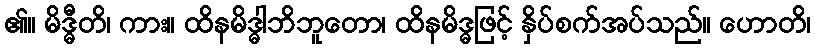
၏။ မိဒ္ဓီတိ၊ ကား။ ထိနမိဒ္ဓါဘိဘူတော၊ ထိနမိဒ္ဓဖြင့် နှိပ်စက်အပ်သည်။ ဟောတိ၊